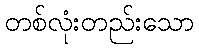
တစ်လုံးတည်းသော